Civil Veterinary Dept. Bombay admin report 1907-1913 - 1907-1913
Year: 1907
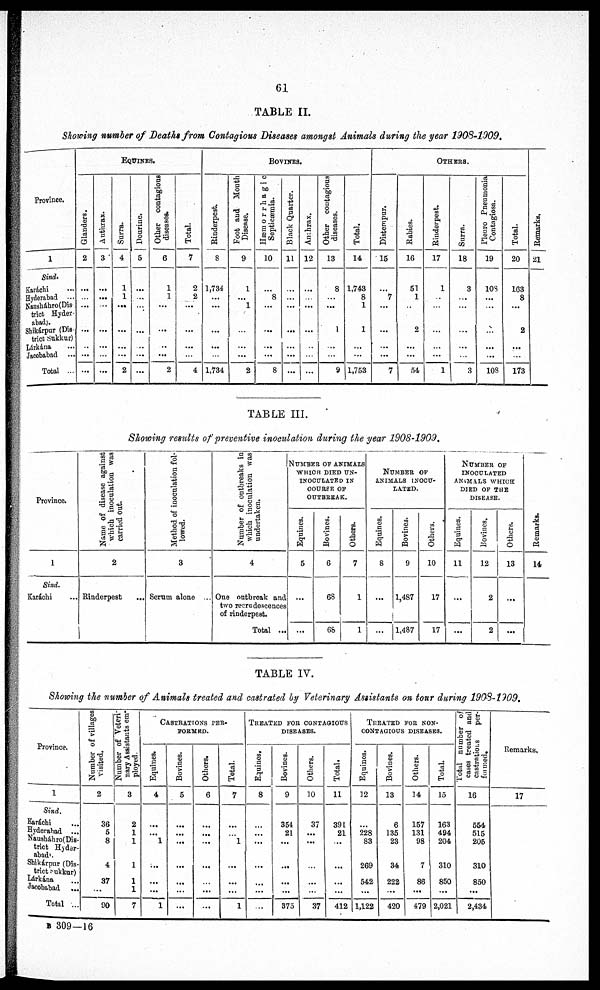
61
TABLE II.
Showing number of Deaths from Contagious
Diseases amongst Animals during the year 1908-1009.
Province.
1
Sind.
Karáchi ...
Hyderabad ...
Nausháhro(Dis
trict Hyder-
abad).
Shikárpur (Dis-
trict Sukkur)
Lárkána ...
Jacobabad ...
Total ...
EQUINES.
Glanders.
2
...
...
...
...
..
...
...
Anthrax.
3
...
...
...
...
...
...
...
Surra.
4
1
1
...
...
...
...
2
Dourine.
5
...
...
...
...
...
...
...
Other contagious
diseases.
6
1
1
...
...
..
...
2
Total.
7
2
2
...
...
...
...
4
BOVINES.
Rinderpest.
8
1,734
...
...
...
...
...
1,734
Foot and Mouth
Disease.
9
1
...
1
...
...
...
2
Hæmorrhagic
Septicæmia.
10
...
8
...
...
...
...
8
Black Quarter.
11
...
...
...
...
...
...
...
Anthrax.
12
...
...
...
...
...
...
...
Other contagious
diseases.
13
8
...
...
1
...
...
9
Total.
14
1,743
8
1
...
...
1
...
...
1,753
OTHERS.
Distempur.
15
...
7
...
...
...
...
...
...
7
Rabies.
16
51
1
...
...
... 2
...
...
...
54
Rinderpest.
17
1
...
...
...
... ...
...
...
...
1
Surra.
18
3
...
...
...
...
...
...
...
...
3
Pleuro Pneumonia
Contagiosa.
19
108
...
...
...
...
...
...
...
...
108
Total.
20
103
8
...
...
... 2
...
...
...
173
Remarks.
21
TABLE III.
Showing results of preventive
inoculation
during the year
1908-1909.
Province.
1
Sind.
Karáchi ...
Name
of disease against
which inoculation was
carried out.
2
Rinderpest
...
Method of inoculation fol-
lowed.
3
Scrum alone ...
Number of outbreaks in
which inoculation was
undertaken.
4
One outbreak and
two recrudescences
of rinderpest.
Total ...
NUMBER OF ANIMALS
WHICH DIED UN-
INOCULATED IN
COURSE OF
OUTBREAK.
Equines.
5
...
...
Bovines.
6
68
68
Others.
7
1
1
NUMBER OF
ANIMALS INOCU-
LATED.
Equines.
8
...
...
Bovines.
9
1,487
1,487
Others.
10
17
17
NUMBER OF
INOCULATED
ANIMALS WHICH
DIED OF THE
DISEASE.
Equines.
11
...
...
Bovines.
12
2
2
Others.
13
...
...
Remarks.
14
TABLE IV.
Showing the number of Animals
treated and castrated by Veterinary
Assistants
on tour during
1908-1909.
Province.
1
Sind.
Karáchi ...
Hyderabad ...
Nausbáhro(Dis-
trict Hyder-
abad
Shikárpur (Dis-
trict Sukkur)
Lárkána ...
Jacobabad ...
Total ...
Number of villages
visited.
2
36
5
8
4
37
...
90
Number of Veteri-
nary Assistants em-
ployed.
3
2
1
1
1
1
1
7
CASTRATIONS PER-
FORMED.
Equines.
4
...
...
1
...
...
...
1
Bovines.
5
...
...
...
...
...
...
...
Others.
6
...
...
...
...
...
...
...
Total.
7
...
...
1
...
...
...
1
TREATED FOR CONTAGIOUS
DISEASES.
Equines.
8
...
...
...
...
...
...
...
Bovines.
9
354
21
...
...
...
...
375
Others.
10
37
...
...
...
...
...
37
Total.
11
391
21
...
...
...
...
412
TREATED FOR NON-
CONTAGIOUS DISEASES.
Equines.
12
...
228
83
269
542
...
1,122
Bovines.
13
6
135
23
34
222
...
420
Others.
14
157
131
98
7
86
...
479
Total.
15
163
494
204
310
850
...
2,021
Total number of
cases treated and
castrations
per-
formed.
16
654
515
206
310
850
...
2,434
Remarks.
17
B 309—16